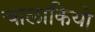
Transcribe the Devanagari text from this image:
चालाकियो